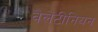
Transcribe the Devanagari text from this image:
वैलेंटीनियन